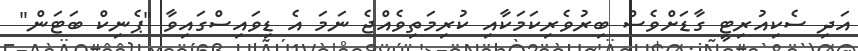
އަދި ސެކިއުރިޓީ ގާޑަށްވެސް ބިރުވެރިކަމަކާއި ކުރިމަތިވެއްޖެ ނަމަ އެ ޑިވައިސްގައިވާ "ޕެނިކް ބަޓަން"